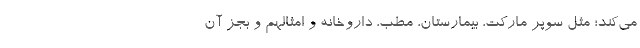
می‌کند؛ مثل سوپر مارکت، بیمارستان، مطب، داروخانه و امثالهم و بجز آن